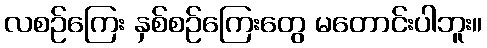
လစဉ်ကြေး နှစ်စဉ်ကြေးတွေ မတောင်းပါဘူး။